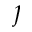
\boldsymbol { \jmath }